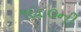
૧૯૮૦ની